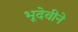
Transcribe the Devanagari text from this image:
भूदेवीने